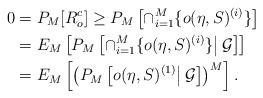
LaTeX: \begin{align*} 0&=P_M[R_o^c]\ge P_M\left[\cap_{i=1}^M\{o(\eta,S)^{(i)}\}\right]\\&=E_M\left[P_M\left[\cap_{i=1}^M\{o(\eta,S)^{(i)}\}\big|\,{\cal G}\right]\right]\\&=E_M\left[\left(P_M\left[o(\eta,S)^{(1)}\big|\,{\cal G}\right]\right)^M\right]. \end{align*}